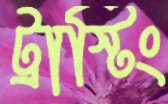
ট্রাস্টিং